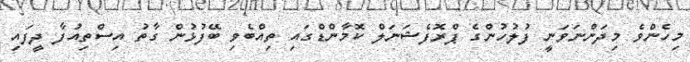
މިހެންވެ މިދަންނަވަނީ ފުލުހުންގެ ޕްރޮފެޝަނަލް ކޮމާންޑްގައި ތިއްބެވި ބޭފުޅުން ގާތު އިސްތިއުފާ ދީފައި